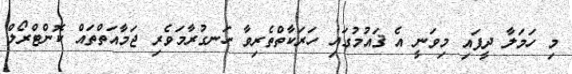
މި ހަމަލާ ދީފައި މިވަނީ އެ ޤައުމުގައި ހަރަކާތްތެރިވާ ހަނގުރާމަވެރި ޖަމާއަތްތައް ކޮންޓްރޯލް